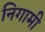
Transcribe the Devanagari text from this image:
निगामी